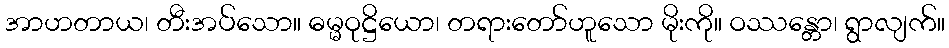
အာဟတာယ၊ တီးအပ်သော။ ဓမ္မဝုဋ္ဌိယော၊ တရားတော်ဟူသော မိုးကို။ ဝဿန္တော၊ ရွာလျက်။